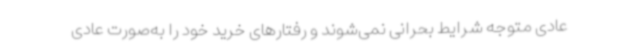
عادی متوجه شرایط بحرانی نمی‌شوند و رفتارهای خرید خود را به‌صورت عادی